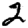
Digit: 2